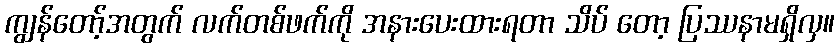
ကျွန်တော့်အတွက် လက်တစ်ဖက်ကို အနားပေးထားရတာ သိပ် တော့ ပြဿနာမရှိလှ။